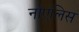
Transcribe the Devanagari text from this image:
नोएलिस